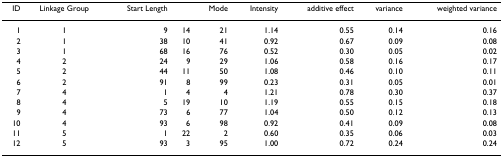
<table><thead><tr><td><b>ID</b></td><td><b>Linkage Group</b></td><td><b>Start Length</b></td><td></td><td><b>Mode</b></td><td><b>Intensity</b></td><td><b>additive effect</b></td><td><b>variance</b></td><td><b>weighted variance</b></td></tr></thead><tbody><tr><td>1</td><td>1</td><td>9</td><td>14</td><td>21</td><td>1.14</td><td>0.55</td><td>0.14</td><td>0.16</td></tr><tr><td>2</td><td>1</td><td>38</td><td>10</td><td>41</td><td>0.92</td><td>0.67</td><td>0.09</td><td>0.08</td></tr><tr><td>3</td><td>1</td><td>68</td><td>16</td><td>76</td><td>0.52</td><td>0.30</td><td>0.05</td><td>0.02</td></tr><tr><td>4</td><td>2</td><td>24</td><td>9</td><td>29</td><td>1.06</td><td>0.58</td><td>0.16</td><td>0.17</td></tr><tr><td>5</td><td>2</td><td>44</td><td>11</td><td>50</td><td>1.08</td><td>0.46</td><td>0.10</td><td>0.11</td></tr><tr><td>6</td><td>2</td><td>91</td><td>8</td><td>99</td><td>0.23</td><td>0.31</td><td>0.05</td><td>0.01</td></tr><tr><td>7</td><td>4</td><td>1</td><td>4</td><td>4</td><td>1.21</td><td>0.78</td><td>0.30</td><td>0.37</td></tr><tr><td>8</td><td>4</td><td>5</td><td>19</td><td>10</td><td>1.19</td><td>0.55</td><td>0.15</td><td>0.18</td></tr><tr><td>9</td><td>4</td><td>73</td><td>6</td><td>77</td><td>1.04</td><td>0.50</td><td>0.12</td><td>0.13</td></tr><tr><td>10</td><td>4</td><td>93</td><td>6</td><td>98</td><td>0.92</td><td>0.41</td><td>0.09</td><td>0.08</td></tr><tr><td>11</td><td>5</td><td>1</td><td>22</td><td>2</td><td>0.60</td><td>0.35</td><td>0.06</td><td>0.03</td></tr><tr><td>12</td><td>5</td><td>93</td><td>3</td><td>95</td><td>1.00</td><td>0.72</td><td>0.24</td><td>0.24</td></tr></tbody></table>